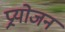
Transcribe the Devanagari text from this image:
प्र्रयोजन